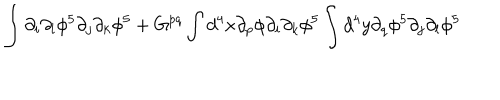
LaTeX: \int \partial _ { i } \partial _ { l } \phi ^ { 5 } \partial _ { j } \partial _ { k } \phi ^ { 5 } + G ^ { p q } \int d ^ { 4 } x \partial _ { p } \phi \partial _ { i } \partial _ { k } \phi ^ { 5 } \int d ^ { 4 } y \partial _ { q } \phi ^ { 5 } \partial _ { j } \partial _ { l } \phi ^ { 5 }